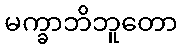
မက္ခာဘိဘူတော